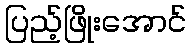
ပြည့်ဖြိုးအောင်